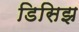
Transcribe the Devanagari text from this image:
डिसिझ